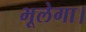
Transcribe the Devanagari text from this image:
भूलेगा।